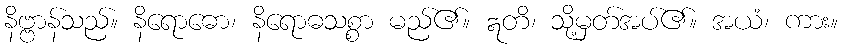
နိဗ္ဗာန်သည်။ နိရောဓော၊ နိရောဓသစ္စာ မည်၏။ ဣတိ၊ သို့မှတ်အပ်၏။ အယံ၊ ကား။